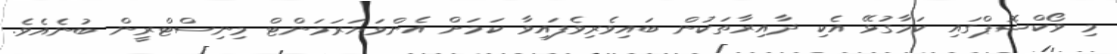
މި ވޯކްޝޮޕްގައި ކަމާގުޅޭ އެކި ދާއިރާތަކުން ބައިވެރިވެފައިވާ ކަމަށް އެންވަޔަރަމަންޓް މިނިސްޓްރީން ބުނެއެވެ.